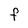
Character: F